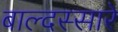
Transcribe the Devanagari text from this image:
बाल्दस्सारे